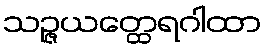
သဉ္ဇယတ္ထေရဂါထာ